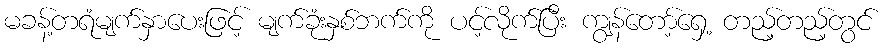
မခန့်တရံမျက်နှာပေးဖြင့် မျက်ခုံးနှစ်ဘက်ကို ပင့်လိုက်ပြီး ကျွန်တော့်ရှေ့ တည့်တည့်တွင်